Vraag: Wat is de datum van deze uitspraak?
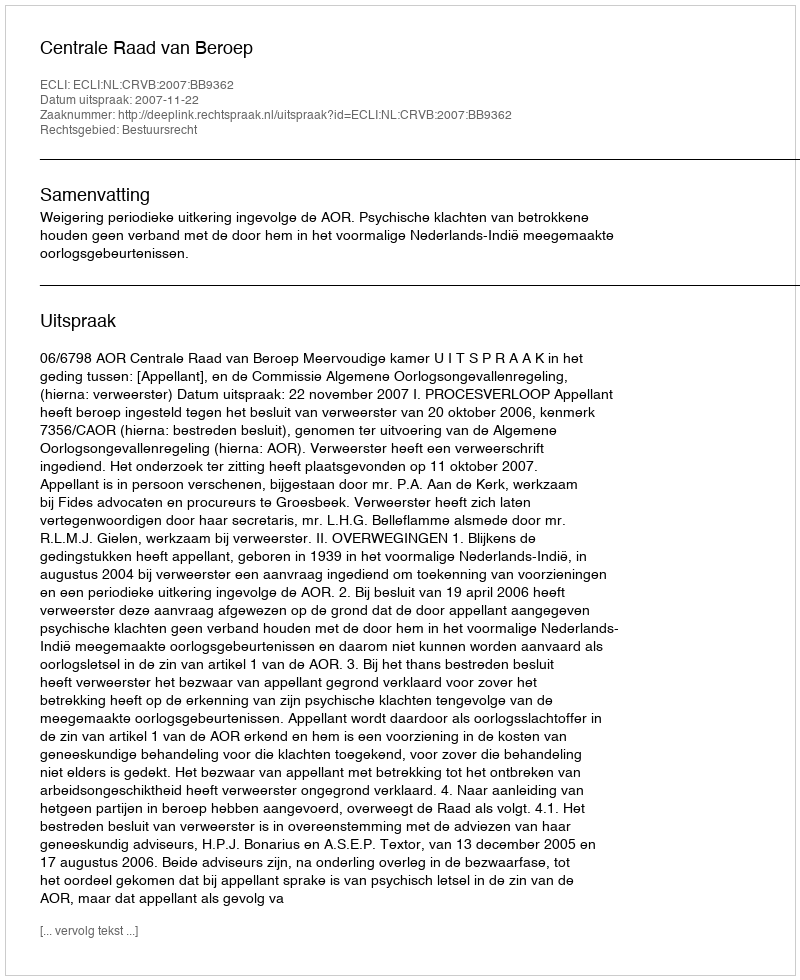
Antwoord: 2007-11-22